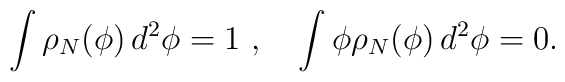
\int\rho_{N} (\phi)\, d^2\phi = 1\ ,\quad \int \phi\rho_{N}(\phi)\, d^2\phi =0.